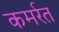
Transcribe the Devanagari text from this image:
कमर्रत